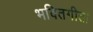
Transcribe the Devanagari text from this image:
भक्तिगीता